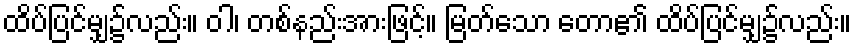
ထိပ်ပြင်မျှ၌လည်း။ ဝါ၊ တစ်နည်းအားဖြင့်။ မြတ်သော တော၏ ထိပ်ပြင်မျှ၌လည်း။